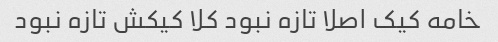
خامه کیک اصلا تازه نبود کلا کیکش تازه نبود